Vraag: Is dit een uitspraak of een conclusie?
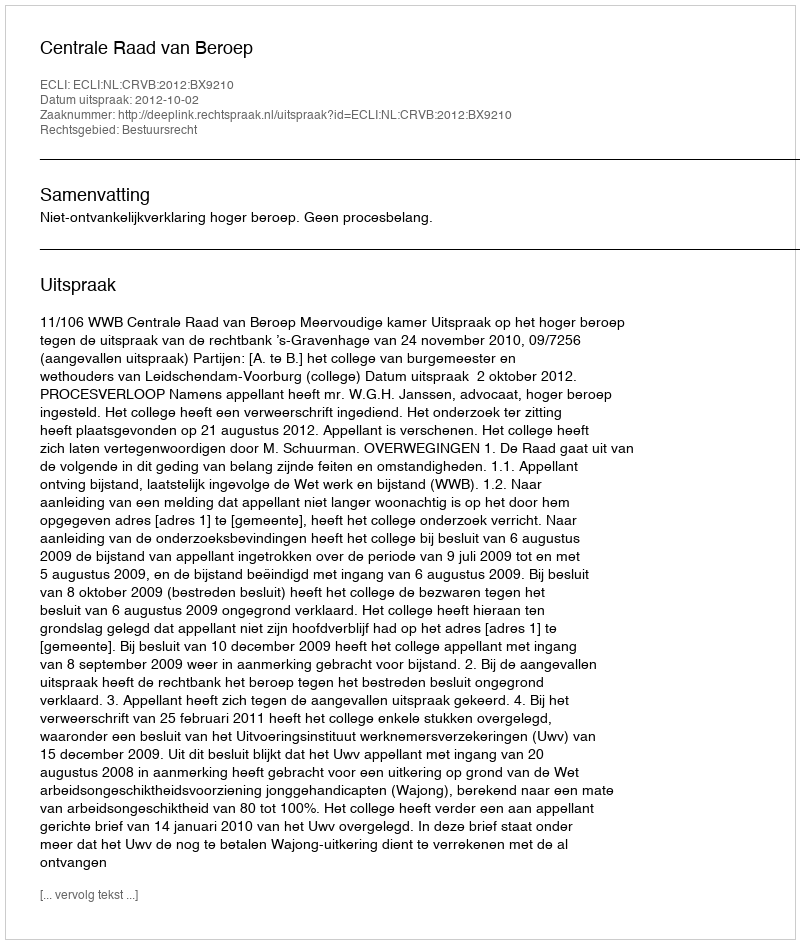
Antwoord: Uitspraak